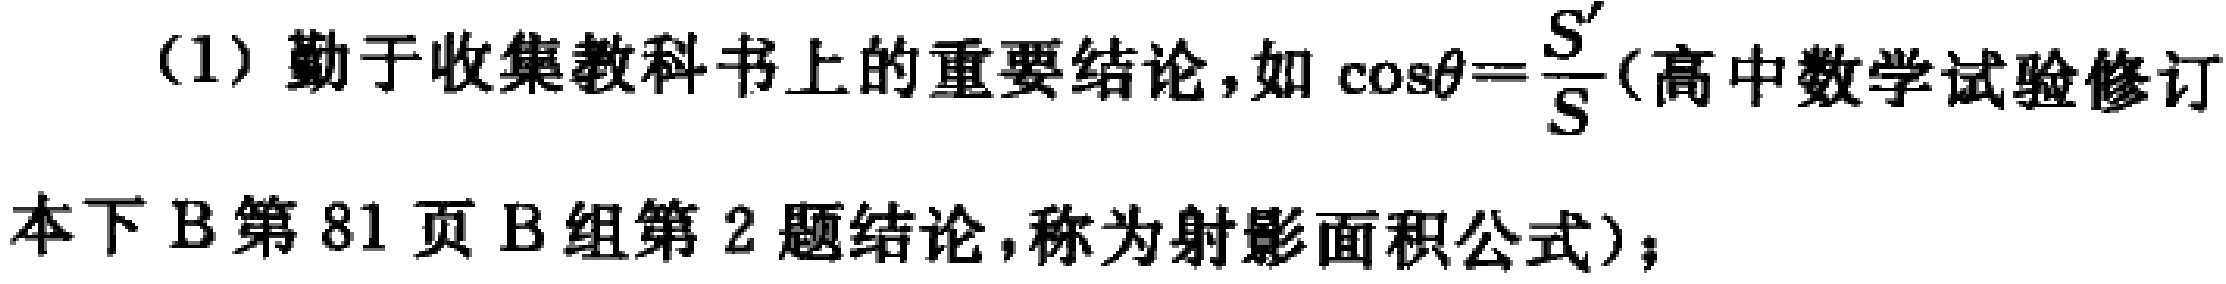
(1) 勤于收集教科书上的重要结论，如 $\cos\theta = \frac{S'}{S}$ (高中数学试验修订本下B第81页B组第2题结论，称为射影面积公式)；